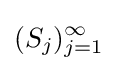
(S_{j})_{j=1}^{\infty }